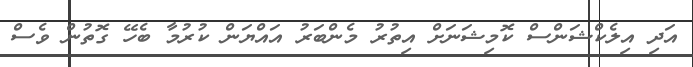
އަދި އިލެކްޝަންސް ކޮމިޝަނަށް އިތުރު މެންބަރު އައްޔަން ކުރުމާ ބެހޭ ގޮތުން ވެސް